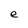
Character: e